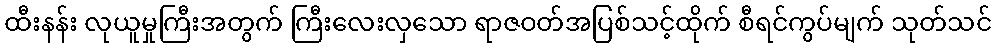
ထီးနန်း လုယူမှုကြီးအတွက် ကြီးလေးလှသော ရာဇဝတ်အပြစ်သင့်ထိုက် စီရင်ကွပ်မျက် သုတ်သင်